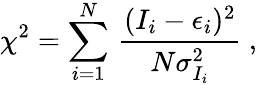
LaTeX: \chi^{2}=\sum_{i=1}^{N}\, \frac{(I_{i}-\epsilon_{i})^{2}}{N\sigma_{I_{i}}^{2}}\ ,